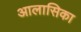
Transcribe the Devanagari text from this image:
आलासिका